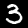
Digit: 3